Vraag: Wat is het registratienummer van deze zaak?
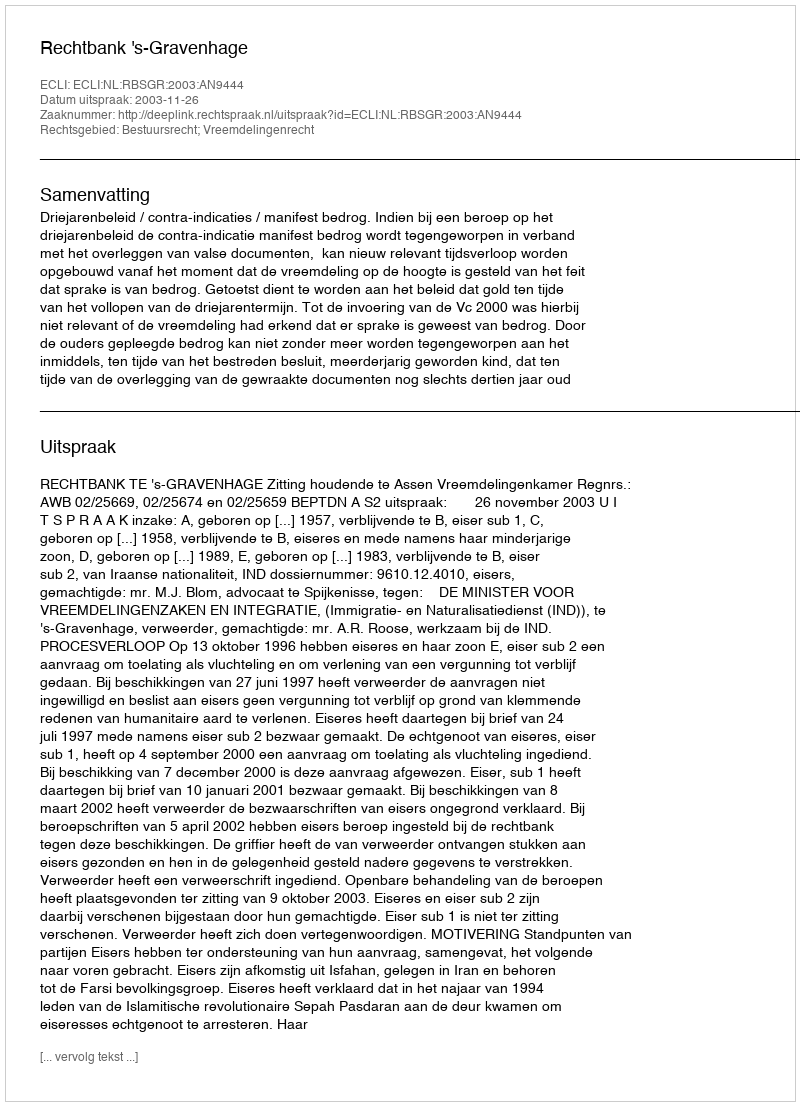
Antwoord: http://deeplink.rechtspraak.nl/uitspraak?id=ECLI:NL:RBSGR:2003:AN9444